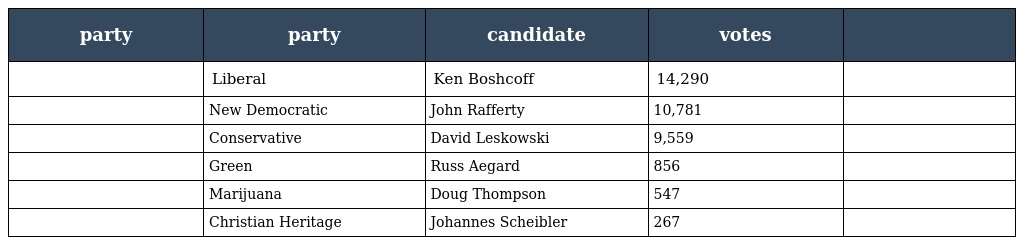
| party | party | candidate | votes |  |
 | --- | --- | --- | --- | --- |
 |  | Liberal | Ken Boshcoff | 14,290 |  |
 |  | New Democratic | John Rafferty | 10,781 |  |
 |  | Conservative | David Leskowski | 9,559 |  |
 |  | Green | Russ Aegard | 856 |  |
 |  | Marijuana | Doug Thompson | 547 |  |
 |  | Christian Heritage | Johannes Scheibler | 267 |  |